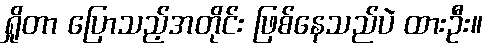
ရှိုတာ ပြောသည့်အတိုင်း ဖြစ်နေသည်ပဲ ထားဦး။